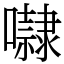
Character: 㘑